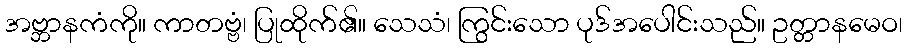
အဗ္ဘာနကံကို။ ကာတဗ္ဗံ၊ ပြုထိုက်၏။ သေသံ၊ ကြွင်းသော ပုဒ်အပေါင်းသည်။ ဥတ္တာနမေဝ၊